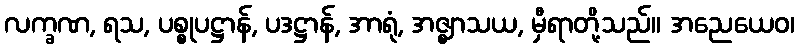
လက္ခဏ, ရသ, ပစ္စုပဋ္ဌာန်, ပဒဋ္ဌာန်, အာရုံ, အဇ္ဈာသယ, မှီရာတို့သည်။ အညေယေဝ၊